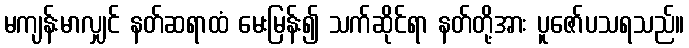
မကျန်းမာလျှင် နတ်ဆရာထံ မေးမြန်း၍ သက်ဆိုင်ရာ နတ်တို့အား ပူဇော်ပသရသည်။